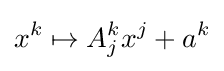
x^{k}\mapsto A_{j}^{k}x^{j}+a^{k}